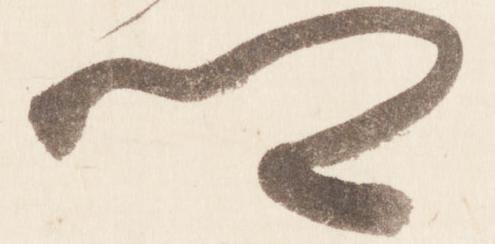
卿